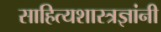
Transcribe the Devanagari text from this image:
साहित्यशास्त्रज्ञांनी